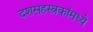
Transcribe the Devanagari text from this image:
दशसहस्त्रकांमध्ये